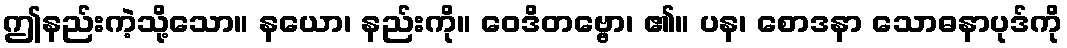
ဤနည်းကဲ့သို့သော။ နယော၊ နည်းကို။ ဝေဒိတဗ္ဗော၊ ၏။ ပန၊ စောဒနာ သောဓနာပုဒ်ကို